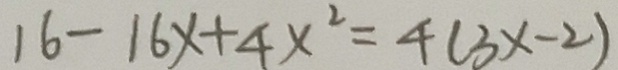
1 6 - 1 6 x + 4 x ^ { 2 } = 4 ( 3 x - 2 )